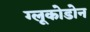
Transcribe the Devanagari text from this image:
ग्लूकोडोन